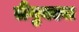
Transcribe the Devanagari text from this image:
लैंगुयएज